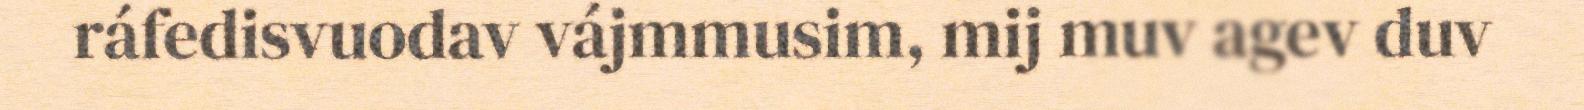
ráfedisvuodav vájmmusim, mij muv agev duv